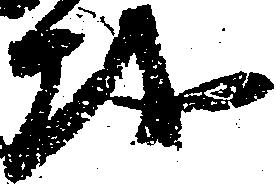
越